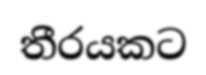
තීරයකට